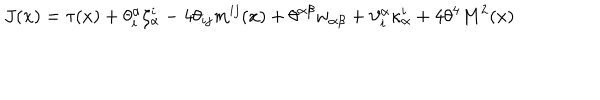
J ( x ) = \tau ( x ) + \theta _ { i } ^ { \alpha } \zeta _ { \alpha } ^ { i } - 4 \theta _ { i j } m ^ { i j } ( x ) + \theta ^ { \alpha \beta } w _ { \alpha \beta } + \vartheta _ { i } ^ { \alpha } \kappa _ { \alpha } ^ { i } + 4 \theta ^ { 4 } M ^ { 2 } ( x )